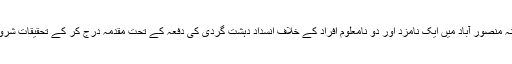
پولیس نے تھانہ منصور آباد میں ایک نامزد اور دو نامعلوم افراد کے خلاف انسداد دہشت گردی کی دفعہ کے تحت مقدمہ درج کر کے تحقیقات شروع کردی ہیں ۔